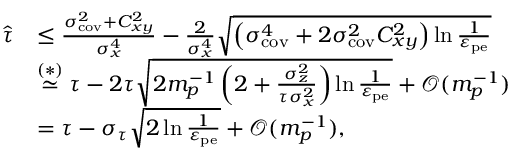
\begin{array} { r l } { \widehat { \tau } } & { \leq \frac { \sigma _ { \mathrm { c o v } } ^ { 2 } + C _ { x y } ^ { 2 } } { \sigma _ { x } ^ { 4 } } - \frac { 2 } { \sigma _ { x } ^ { 4 } } \sqrt { \left( \sigma _ { \mathrm { c o v } } ^ { 4 } + 2 \sigma _ { \mathrm { c o v } } ^ { 2 } C _ { x y } ^ { 2 } \right) \ln \frac { 1 } { \varepsilon _ { \mathrm { p e } } } } } \\ & { \overset { ( \ast ) } { \simeq } \tau - 2 \tau \sqrt { 2 m _ { p } ^ { - 1 } \left( 2 + \frac { \sigma _ { z } ^ { 2 } } { \tau \sigma _ { x } ^ { 2 } } \right) \ln \frac { 1 } { \varepsilon _ { \mathrm { p e } } } } + \mathcal { O } ( m _ { p } ^ { - 1 } ) } \\ & { = \tau - \sigma _ { \tau } \sqrt { 2 \ln \frac { 1 } { \varepsilon _ { \mathrm { p e } } } } + \mathcal { O } ( m _ { p } ^ { - 1 } ) , } \end{array}